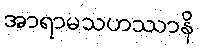
အာရာမသဟဿာနိ